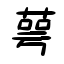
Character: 萼